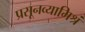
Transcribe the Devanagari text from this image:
प्रसूनव्यामिश्रं